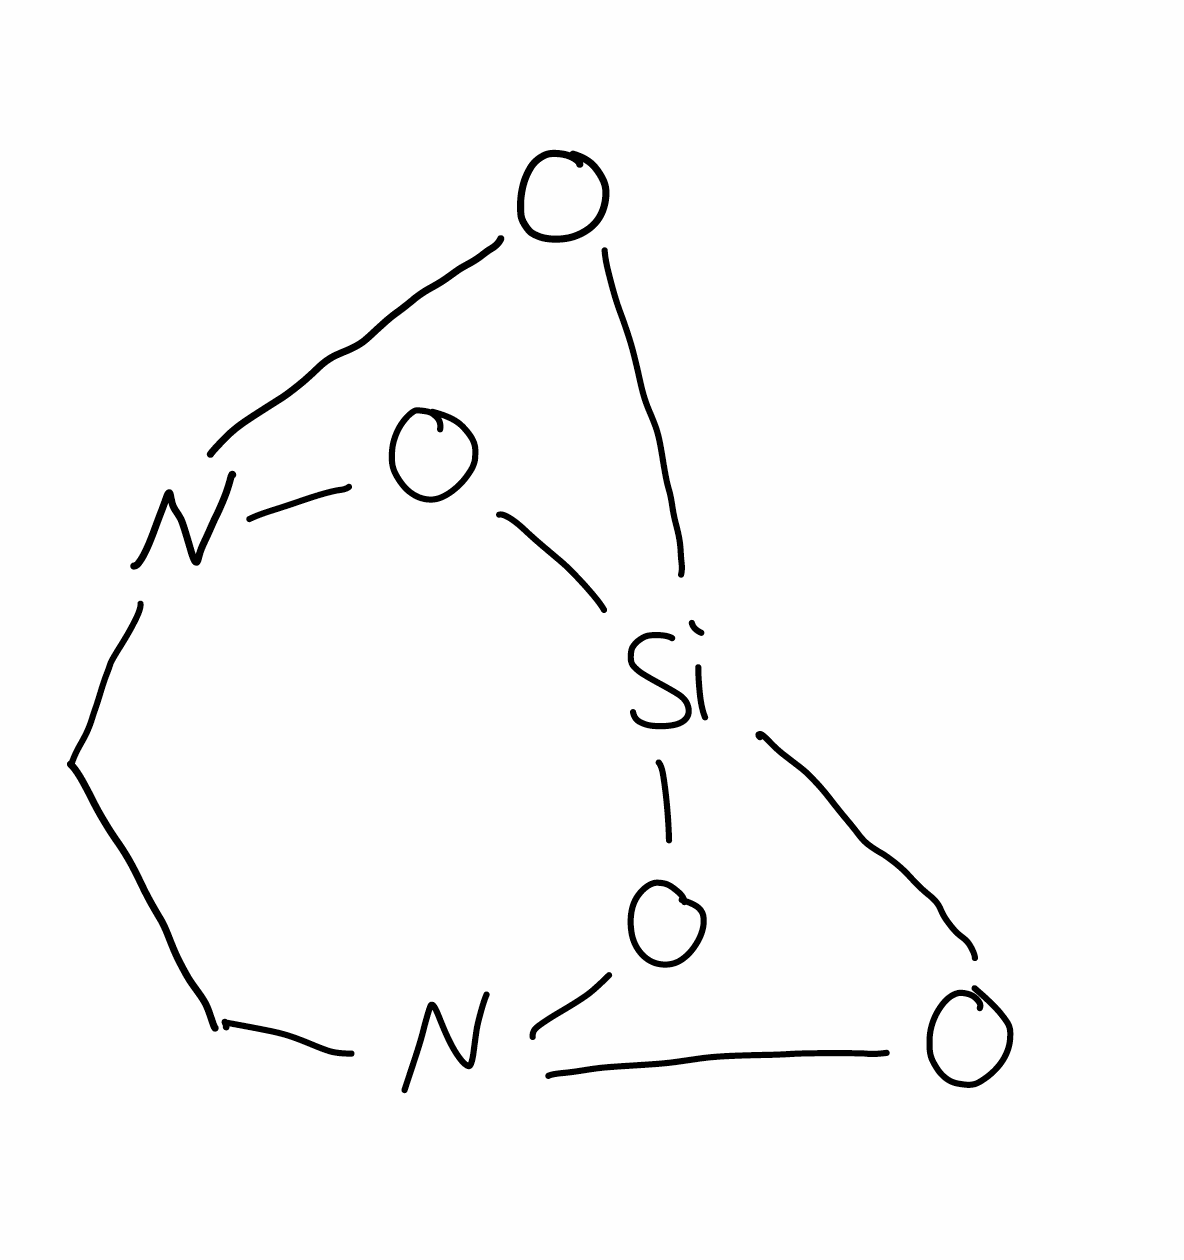
Simplified molecular-input line-entry system (SMILES) notation of the given molecule:
C1CN2O[Si]3(O2)ON1O3